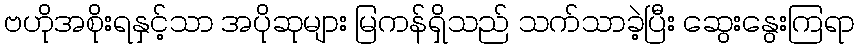
ဗဟိုအစိုးရနှင့်သာ အပိုဆုများ မြကန်ရှိသည် သက်သာခဲ့ပြီး ဆွေးနွေးကြရာ